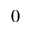
_ 0